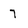
Character: 7